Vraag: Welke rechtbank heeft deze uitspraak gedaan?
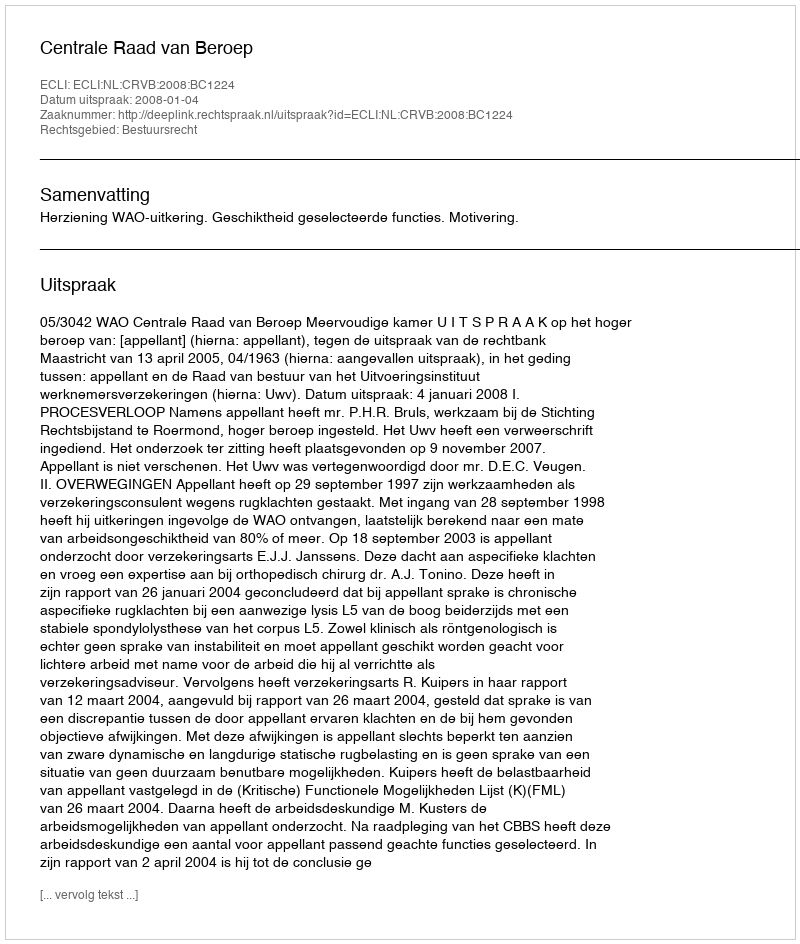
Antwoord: Centrale Raad van Beroep